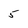
Character: 5